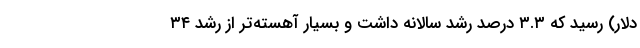
دلار) رسید که ۳.۳ درصد رشد سالانه داشت و بسیار آهسته‌تر از رشد ۳۴